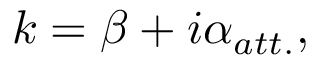
k = \beta + i \alpha _ { a t t . } ,